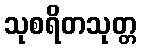
သုစရိတသုတ္တ